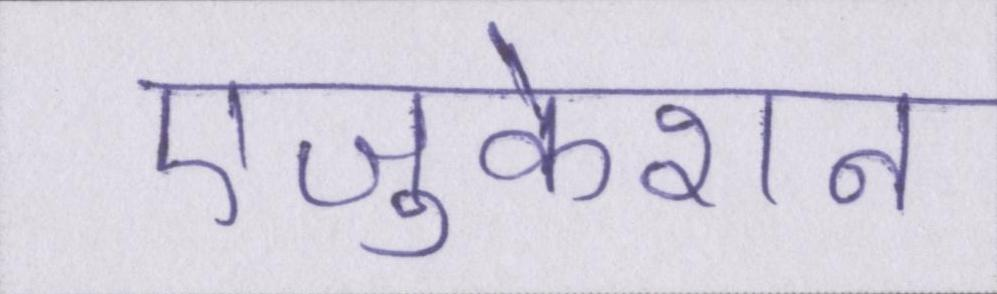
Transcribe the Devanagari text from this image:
एजुकेशन